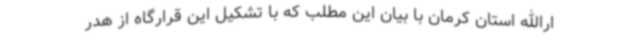
ارالله استان کرمان با بیان این مطلب که با تشکیل این قرارگاه از هدر